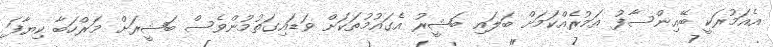
އެއަމުރަކީ ބޭއިންސާފު އަމުރެއްކަމަށް ބަލައި ބަޝީރު އެގައުމުތަކަށް ވަޑައިގަތުމުންވެސް ބަޝީރަށް މަރްހަބާ ކިޔާފަ